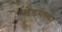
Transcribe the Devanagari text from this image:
खेडय़ाचा